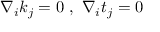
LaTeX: \nabla _ { i } k _ { j } = 0 \, \, , \, \, \nabla _ { i } t _ { j } = 0